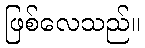
ဖြစ်လေသည်။